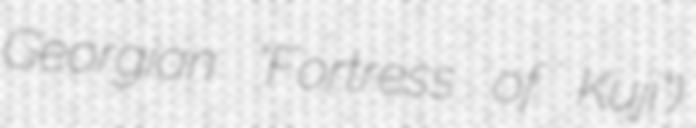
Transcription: Georgian "Fortress of Kuji")